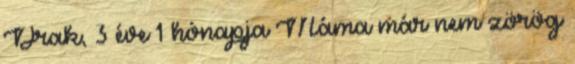
Drak, 3 éve 1 hónapja Máma már nem zörög